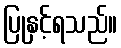
ပြုနှင့်ရသည်။